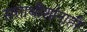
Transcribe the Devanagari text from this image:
सत्ताधीशांनाही